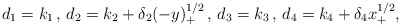
\begin{align*}d_1=k_1\,,\,d_2=k_2+\delta_2(-y)_+^{1/2}\,,\,d_3=k_3\,,\,d_4=k_4+\delta_4x_+^{1/2},\end{align*}